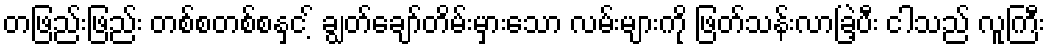
တဖြည်းဖြည်း တစ်စတစ်စနှင ့် ချွတ်ချော်တိမ်းမှားသော လမ်းများကို ဖြတ်သန်းလာခြဲ့ပီး ငါသည် လူကြီး